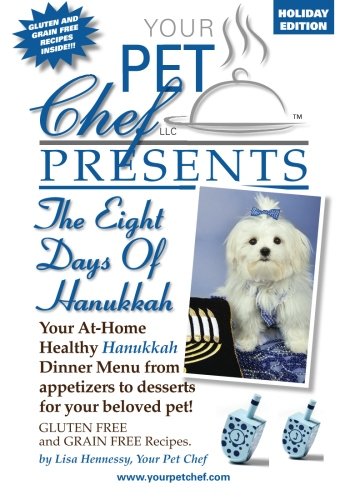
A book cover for Your Pet Chef Presents The 8 Days of Hanukkah; Lisa Hennessy; Cookbooks, Food & Wine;